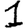
Digit: 1